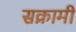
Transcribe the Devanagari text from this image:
सक्रामी